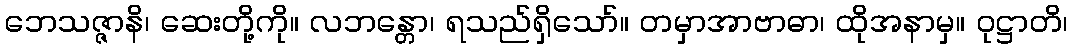
ဘေသဇ္ဇာနိ၊ ဆေးတို့ကို။ လဘန္တော၊ ရသည်ရှိသော်။ တမှာအာဗာဓာ၊ ထိုအနာမှ။ ဝုဋ္ဌာတိ၊